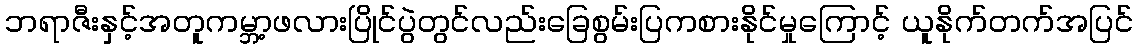
ဘရာဇီးနှင့်အတူကမ္ဘာ့ဖလားပြိုင်ပွဲတွင်လည်းခြေစွမ်းပြကစားနိုင်မှုကြောင့် ယူနိုက်တက်အပြင်